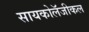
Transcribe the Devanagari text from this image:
सायकोलॅजीकल